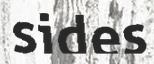
sides